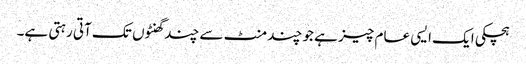
ہچکی ایک ایسی عام چیز ہے جو چند منٹ سے چند گھنٹوں تک آتی رہتی ہے۔